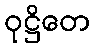
ဝုဋ္ဌိတေ